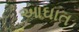
આઘાત